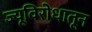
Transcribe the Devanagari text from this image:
ज्यूविरोधातून